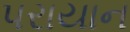
પરાયાન